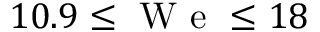
1 0 . 9 \le \mathrm { ~ W ~ e ~ } \le 1 8